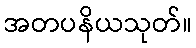
အတပနိယသုတ်။